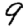
Digit: 9